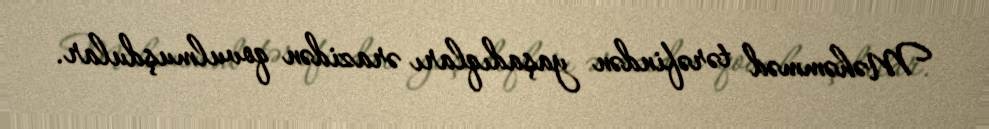
Məhəmməd tərəfindən yaşadıqları ərazidən qovulmuşdular.